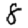
Digit: 8